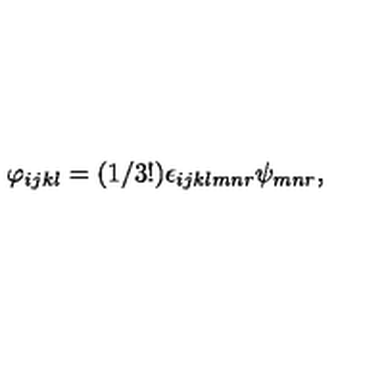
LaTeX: \varphi _ { i j k l } = ( 1 / 3 ! ) \epsilon _ { i j k l m n r } \psi _ { m n r } ,